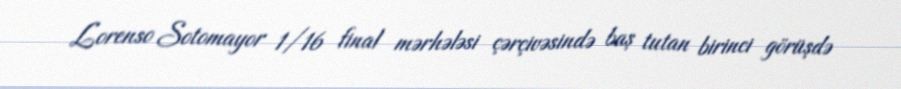
Lorenso Sotomayor 1/16 final mərhələsi çərçivəsində baş tutan birinci görüşdə